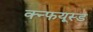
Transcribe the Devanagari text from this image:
क्न्फयूस्ड